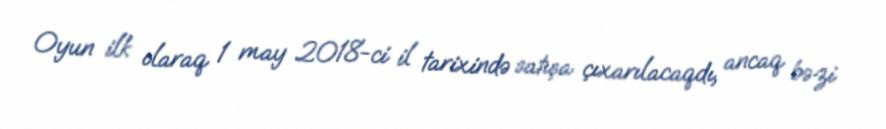
Oyun ilk olaraq 1 may 2018-ci il tarixində satışa çıxarılacaqdı, ancaq bəzi